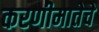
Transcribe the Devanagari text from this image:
करणीमातेचे